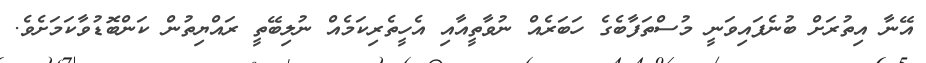
އޭނާ އިތުރަށް ބުނެފައިވަނީ މުސްތަފާބެގެ ހަބަރެއް ނުވާތީއާއި އެހީތެރިކަމެއް ނުލިބޭތީ ރައްޔިތުން ކަންބޮޑުވާކަމަށެވެ.